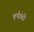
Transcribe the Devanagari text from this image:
हर्षवंती